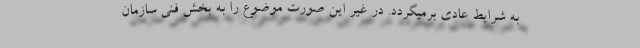
به شرایط عادی برمیگردد. در غیر این صورت موضوع را به بخش فنی سازمان